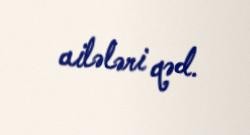
ailələri qəd.